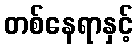
တစ်နေရာနှင့်